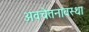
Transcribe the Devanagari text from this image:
अवचेतनावस्था